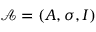
{ \mathcal { A } } = ( A , \sigma , I )